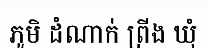
ភូមិ ដំណាក់ ព្រីង ឃុំ